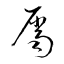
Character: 屬